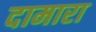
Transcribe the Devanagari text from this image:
दामारा